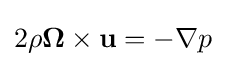
2\rho \mathbf {\Omega } \times {\mathbf {u} }=-\nabla p